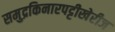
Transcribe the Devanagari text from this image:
समुद्रकिनारपट्टीखेरीज